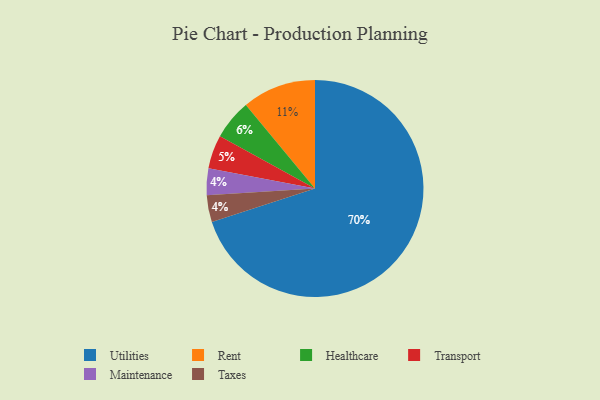
{"axis": {"x": "Category", "y": "Percentage"}, "legend": ["Healthcare", "Maintenance", "Rent", "Taxes", "Transport", "Utilities"], "data": [{"x": "Rent", "y": 11, "type": "Rent"}, {"x": "Transport", "y": 5, "type": "Transport"}, {"x": "Healthcare", "y": 6, "type": "Healthcare"}, {"x": "Utilities", "y": 70, "type": "Utilities"}, {"x": "Maintenance", "y": 4, "type": "Maintenance"}, {"x": "Taxes", "y": 4, "type": "Taxes"}]}